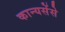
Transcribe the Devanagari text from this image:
कान्यसेंसे